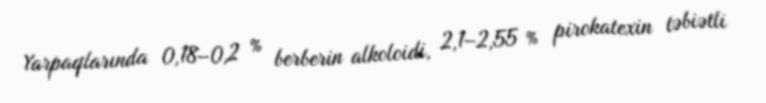
Yarpaqlarında 0,18–0,2 % berberin alkoloidi, 2,1–2,55 % pirokatexin təbiətli